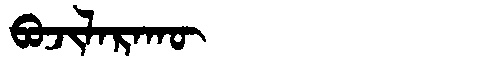
Manchu: ᠪᠣᠵᡳᠯᠠᡵᠠᡴᡡ
Romanization: BOJILARAKŪ